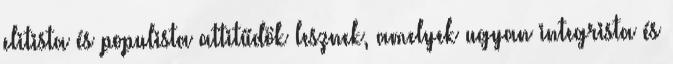
elitista és populista attitűdök lesznek, amelyek ugyan integrista és